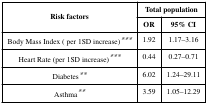
| <ROWSPAN=2> Risk factors | <COLSPAN=2> Total population |
 | OR | 95% CI |
 | --- | --- | --- |
 | Body Mass Index ( per 1SD increase)*** | 1.92 | 1.17–3.16 |
 | Heart Rate (per 1SD increase)*** | 0.44 | 0.27–0.71 |
 | Diabetes** | 6.02 | 1.24–29.11 |
 | Asthma** | 3.59 | 1.05–12.29 |